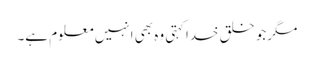
مگرجو خلقِ خداکہتی وہ بھی انہیں معلوم ہے۔